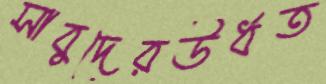
সাবুদেরউর্ধত